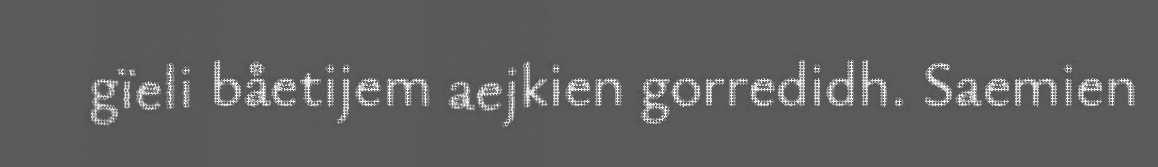
gïeli båetijem aejkien gorredidh. Saemien